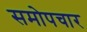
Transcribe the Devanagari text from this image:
समोपचार